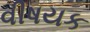
વીષયક